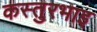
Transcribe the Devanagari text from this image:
कस्तुरभाइ